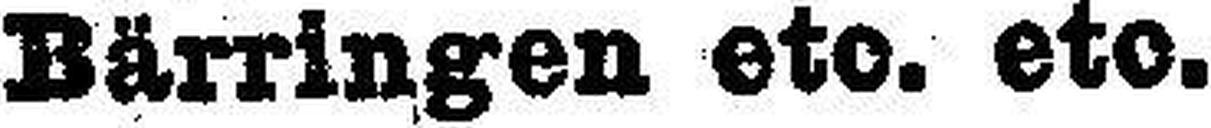
Bärringen etc. etc.